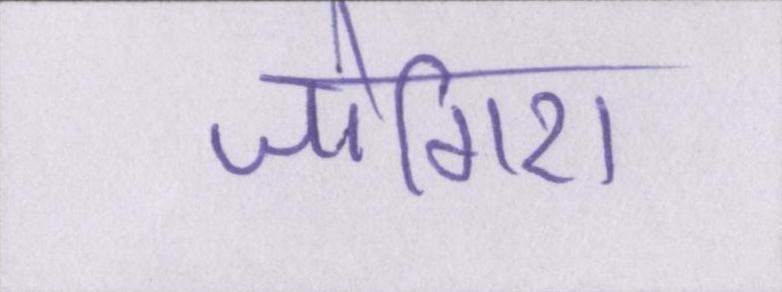
जोगिरा